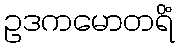
ဥဒကမောတရိံ